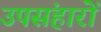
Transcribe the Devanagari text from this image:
उपसंहारों